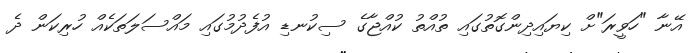
އޭނާ "ހަވީރަ"ށް ކިޔައިދިންގޮތުގައި ތުއްތު ކުއްޖާގެ ސިކުނޑި އުފެދުމުގައި މައްސަލަތަކެއް ހުރިކަން ދެ